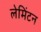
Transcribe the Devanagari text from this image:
लेमिंटन